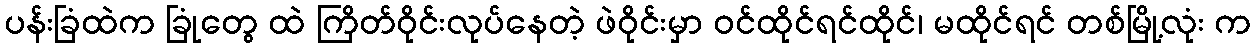
ပန်းခြံထဲက ခြုံတွေ ထဲ ကြိတ်ဝိုင်းလုပ်နေတဲ့ ဖဲဝိုင်းမှာ ဝင်ထိုင်ရင်ထိုင်၊ မထိုင်ရင် တစ်မြို့လုံး က